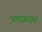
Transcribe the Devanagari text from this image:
थायझाइड